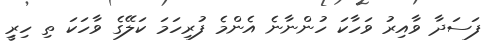
ފަސަދާ ވާއިރު ވަހާކަ ހުންނާނެ އެންމެ ފުރިހަމަ ކަލޭގެ ވާހަކަ ތި ހިރިީ